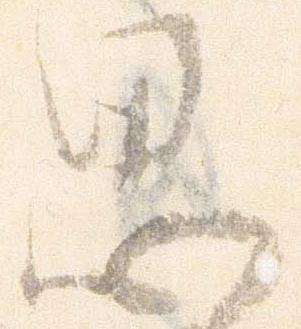
思